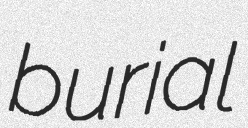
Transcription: burial